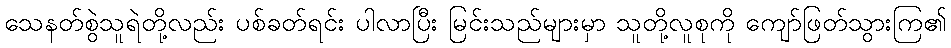
သေနတ်စွဲသူရဲတို့လည်း ပစ်ခတ်ရင်း ပါလာပြီး မြင်းသည်များမှာ သူတို့လူစုကို ကျော်ဖြတ်သွားကြ၏